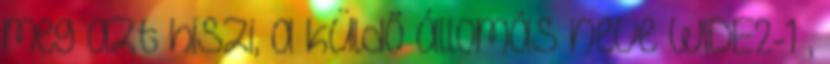
meg azt hiszi, a küldő állomás neve WIDE2-1 ,